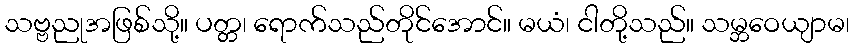
သဗ္ဗညုအဖြစ်သို့။ ပတ္တ၊ ရောက်သည်တိုင်အောင်။ မယံ၊ ငါတို့သည်။ သမ္ဘဝေယျာမ၊